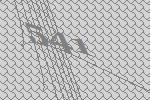
541